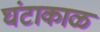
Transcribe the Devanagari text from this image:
घंटाकाळ